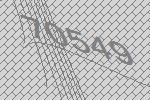
70549